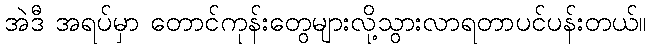
အဲဒီ အရပ်မှာ တောင်ကုန်းတွေများလို့သွားလာရတာပင်ပန်းတယ်။